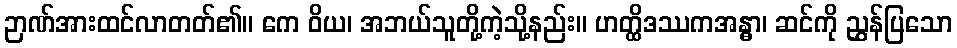
ဉာဏ်အားထင်လာတတ်၏။ ကေ ဝိယ၊ အဘယ်သူတို့ကဲ့သို့နည်း။ ဟတ္ထိဒဿကအန္ဓာ၊ ဆင်ကို ညွှန်ပြသော